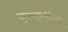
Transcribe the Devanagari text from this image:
नृत्यलीला